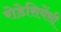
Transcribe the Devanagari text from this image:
रोडेसियेंसी